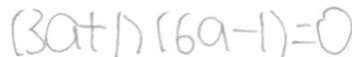
( 3 a + 1 ) ( 6 a - 1 ) = 0